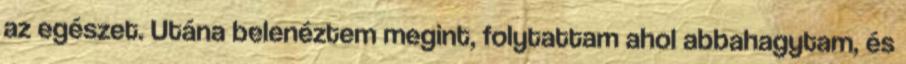
az egészet. Utána belenéztem megint, folytattam ahol abbahagytam, és